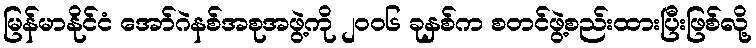
မြန်မာနိုင်ငံ အော်ဂဲနစ်အစုအဖွဲ့ကို ၂ဝဝ၆ ခုနှစ်က စတင်ဖွဲ့စည်းထားပြီးဖြစ်လို့